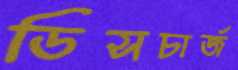
ডিসচার্জ